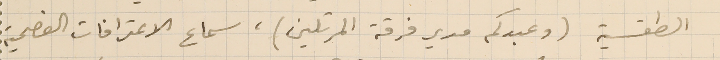
الطقسية (وعبدكم مدير فرقة المرتلين)، سماع الاعترافات الفصحية